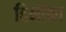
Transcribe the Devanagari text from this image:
दिनोंका